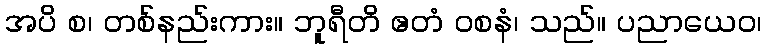
အပိ စ၊ တစ်နည်းကား။ ဘူရီတိ ဧတံ ဝစနံ၊ သည်။ ပညာယေဝ၊